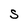
Character: S